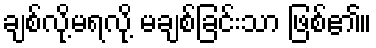
ချစ်လို့မရလို့ မချစ်ခြင်းသာ ဖြစ်၏။